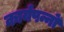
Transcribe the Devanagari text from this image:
कार्यपन्नों